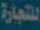
للتجارة